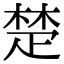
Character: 楚